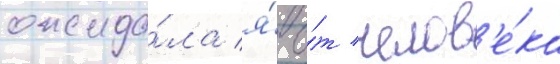
ожида́ла я́ о́т челов'е́ка